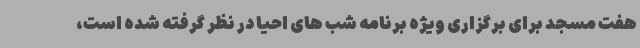
هفت مسجد برای برگزاری ویژه برنامه شب های احیا در نظر گرفته شده است،